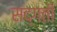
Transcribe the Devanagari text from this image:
सद्‌गती